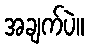
အချက်ပဲ။